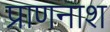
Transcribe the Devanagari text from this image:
प्राणनाश